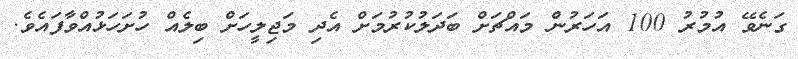
ގަނެވޭ އުމުރު 100 އަހަރުން މައްޗަށް ބަދަލުކުރުމަށް އެދި މަޖިލީހަށް ބިލެއް ހުށަހަޅުއްވާފައެވެ.